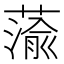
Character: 蕍